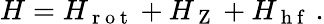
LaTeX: H=H_{\mathrm{~r~o~t~}}+H_{\mathrm{~Z~}}+H_{\mathrm{~h~f~}}\, .